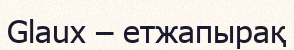
Glaux – етжапырақ